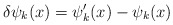
\begin{align*}\delta\psi_k (x) = \psi'_k (x) - \psi_k (x)\,\end{align*}